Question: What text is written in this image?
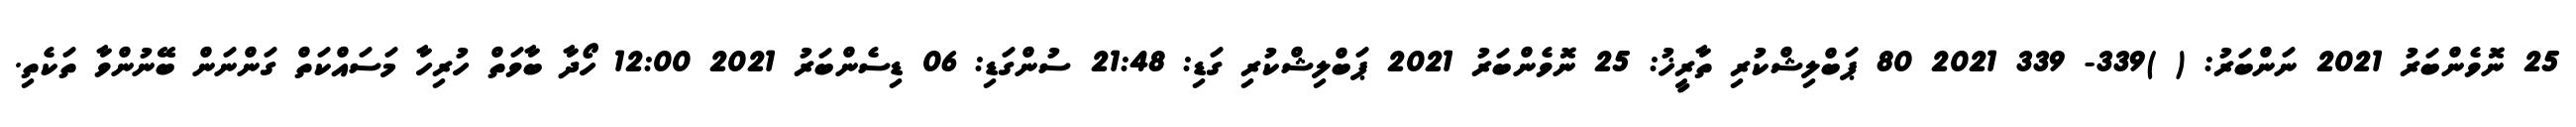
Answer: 25 ނޮވެންބަރު 2021 ނަންބަރު: ( )339- 339 2021 80 ޕަބްލިޝްކުރި ތާރީޚު: 25 ނޮވެންބަރު 2021 ޕަބްލިޝްކުރި ގަޑި: 21:48 ސުންގަޑި: 06 ޑިސެންބަރު 2021 12:00 ހޯދާ ބާވަތް ހުރިހާ މަސައްކަތް ގަންނަން ބޭނުންވާ ތަކެތި.